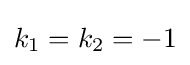
k_{1}=k_{2}=-1